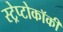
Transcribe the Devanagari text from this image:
स्ट्रेप्टोकॉकी